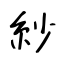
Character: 紗